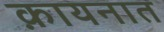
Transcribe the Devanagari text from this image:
क़ायनात